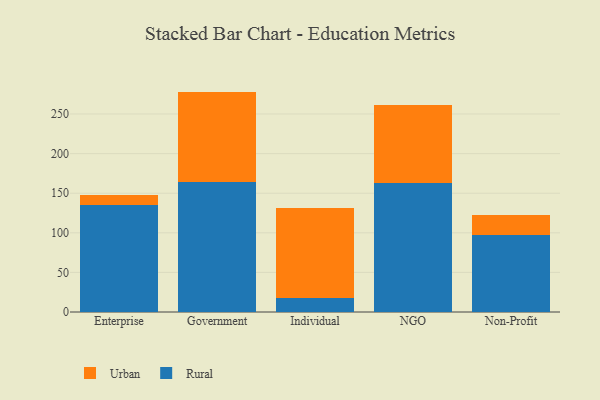
{"axis": {"x": "Segment", "y": "Gross Profit (USD K)"}, "legend": ["Rural", "Urban"], "data": [{"x": "Enterprise", "y": 135.4, "type": "Rural"}, {"x": "Enterprise", "y": 12.2, "type": "Urban"}, {"x": "Government", "y": 164.0, "type": "Rural"}, {"x": "Government", "y": 114.3, "type": "Urban"}, {"x": "Individual", "y": 18.3, "type": "Rural"}, {"x": "Individual", "y": 112.8, "type": "Urban"}, {"x": "NGO", "y": 163.3, "type": "Rural"}, {"x": "NGO", "y": 97.5, "type": "Urban"}, {"x": "Non-Profit", "y": 97.1, "type": "Rural"}, {"x": "Non-Profit", "y": 25.7, "type": "Urban"}]}